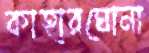
কাহারঘোনা